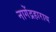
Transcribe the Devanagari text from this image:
नागेंद्रहाराय